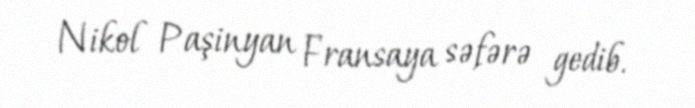
Nikol Paşinyan Fransaya səfərə gedib.